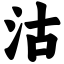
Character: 沽